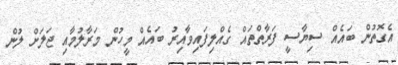
އެގޮތުން ބައެއް ސިޔާސީ ފަރާތްތައް ގެއްލިފައިވާއިރު ބައެއް މީހުން މަރާލުމާއި ޖަލަށް ލުން